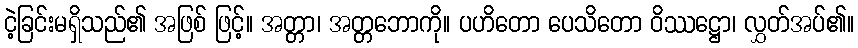
ငဲ့ခြင်းမရှိသည်၏ အဖြစ် ဖြင့်။ အတ္တာ၊ အတ္တဘောကို။ ပဟိတော ပေသိတော ဝိဿဋ္ဌော၊ လွှတ်အပ်၏။